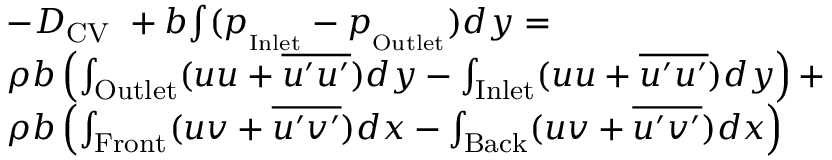
\begin{array} { r l } & { - D _ { \mathrm { C V } } \ + b { \int ( p _ { _ \mathrm { I n l e t } } - p _ { _ \mathrm { O u t l e t } } } ) d y = } \\ & { \rho b \left( \int _ { \mathrm { O u t l e t } } ( { u } { u } + \overline { { u ^ { \prime } u ^ { \prime } } } ) d y - \int _ { \mathrm { I n l e t } } ( { u } { u } + \overline { { u ^ { \prime } u ^ { \prime } } } ) d y \right) + } \\ & { \rho b \left( \int _ { \mathrm { F r o n t } } ( { u } { v } + \overline { { u ^ { \prime } v ^ { \prime } } } ) d x - \int _ { \mathrm { B a c k } } ( { u } { v } + \overline { { u ^ { \prime } v ^ { \prime } } } ) d x \right) } \end{array}